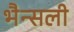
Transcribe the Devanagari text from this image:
भैन्सली